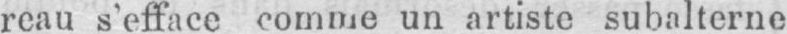
reau s’efface comme un artiste subalterne